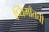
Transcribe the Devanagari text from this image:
प्यिमाँतची